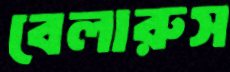
বেলারুস